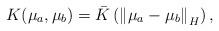
LaTeX: \begin{align*}K(\mu_a,\mu_b) &= \bar{K}\left(\left\|\mu_a-\mu_b\right\|_H\right), \end{align*}